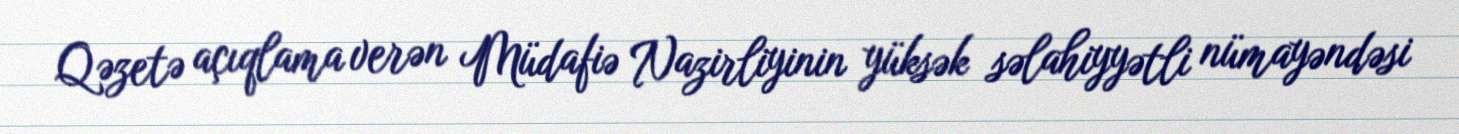
Qəzetə açıqlama verən Müdafiə Nazirliyinin yüksək səlahiyyətli nümayəndəsi